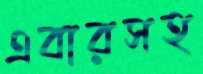
এবারসহ